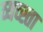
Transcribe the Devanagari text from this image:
व्यव्स्ता